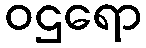
ဝဌရော